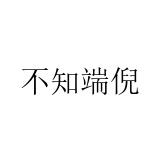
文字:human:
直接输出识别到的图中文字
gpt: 不知端倪